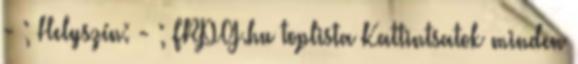
- ; Helyszín: - ; FRPG.hu toplista Kattintsatok minden